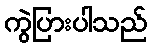
ကွဲပြားပါသည်